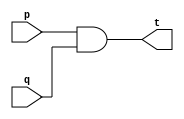
// -------------------------
// Exercicio0009 - AND (4 entradas)
// Nome: Breno Macena Pereira de Souza
// -------------------------

// -------------------------
// -- and gate
// -------------------------
module andgate1 (output t, input p, input q);
assign t = p & q;
endmodule // andgate1

module andgate2 (output t, input p, input q);
assign t = p & q;
endmodule // andgate2

module andgate (output t, input p, input q);
assign t = p & q;
endmodule // andgate

// -------------------------
// -- test and gate
// -------------------------
module testandgate;
// ------------------------- dados locais
reg a, b, c, d;
wire s, t, u;
// ------------------------- instncias
andgate1 AND1 (s, a, b);
andgate2 AND2 (t, c, d);
andgate AND3 (u, s, t);

// ------------------------- preparao
initial begin:start
a=0; 
b=0;
c=0;
d=0;
end

// ------------------------- parte principal
initial begin:main
     $display("Exerccio 0009 - Breno Macena - 462017");
     $display("Test AND gate:");
     $display("\na & b & c & d = u\n");
	  $monitor("%b & %b & %b & %b = %b",a, b, c, d, u);
#1   a=0; b=0; c=0; d=0;
#1   a=0; b=0; c=0; d=1;
#1   a=0; b=0; c=1; d=0;
#1   a=0; b=0; c=1; d=1;
#1   a=0; b=1; c=0; d=0;
#1   a=0; b=1; c=0; d=1;
#1   a=0; b=1; c=1; d=0;
#1   a=0; b=1; c=1; d=1;
#1   a=1; b=0; c=0; d=0;
#1   a=1; b=0; c=0; d=1;
#1   a=1; b=0; c=1; d=0;
#1   a=1; b=0; c=1; d=1;
#1   a=1; b=1; c=0; d=0;
#1   a=1; b=1; c=0; d=1;
#1   a=1; b=1; c=1; d=0;
#1   a=1; b=1; c=1; d=1;
end
endmodule // testandgate